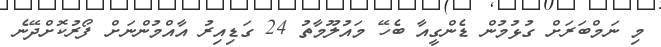
މި ނަމްބަރަށް ގުޅުމުން ޑެންގީއާ ބެހޭ މައުލޫމާތު 24 ގަޑިއިރު އާއްމުންނަށް ފޯރުކޮށްދޭނެ